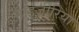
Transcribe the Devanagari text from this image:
नाइज़ीरिया